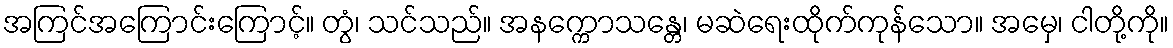
အကြင်အကြောင်းကြောင့်။ တွံ၊ သင်သည်။ အနက္ကောသန္တေ၊ မဆဲရေးထိုက်ကုန်သော။ အမှေ၊ ငါတို့ကို။